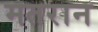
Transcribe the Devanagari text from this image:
मतरान